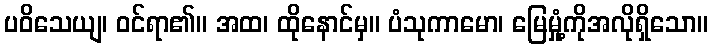
ပဝိသေယျ၊ ဝင်ရာ၏။ အထ၊ ထိုနောင်မှ။ ပံသုကာမော၊ မြေမှုံ့ကိုအလိုရှိသော။